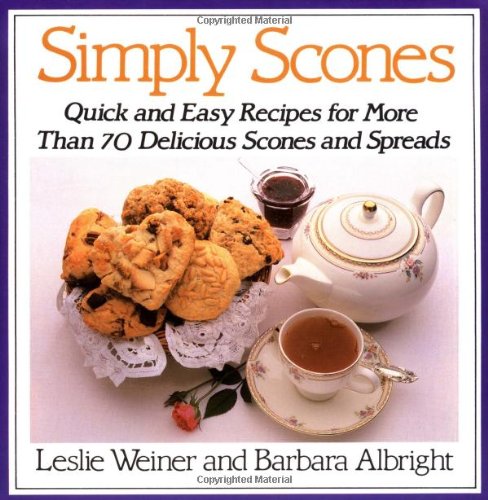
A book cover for Simply Scones: Quick and Easy Recipes for More than 70 Delicious Scones and Spreads; Leslie Weiner; Cookbooks, Food & Wine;